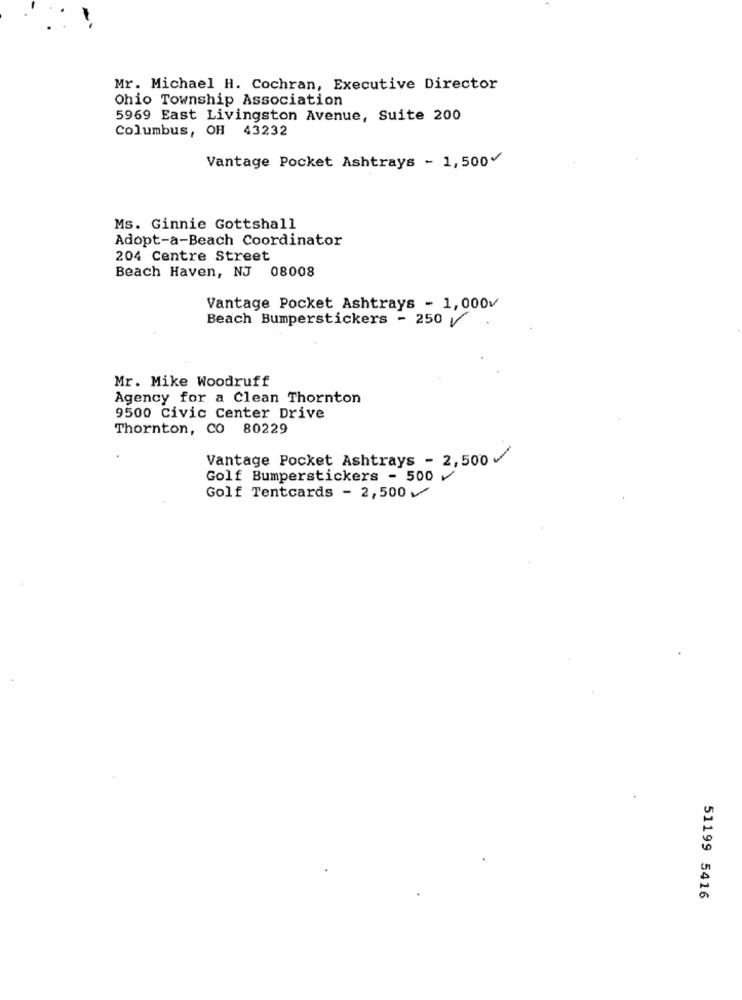
Mr. Michael H. Cochran, Executive Director
Ohio Township Association
5969 East Livingston Avenue, Suite 200
Columbus, OH 43232
Vantage Pocket Ashtrays - 1,500%
Ms. Ginnie Gottshall
Adopt-a-Beach Coordinator
204 Centre Street
Beach Haven, NJ 08008
Vantage Pocket Ashtrays - 1,000v
Beach Bumperstickers - 250
Mr. Mike Woodruff
Agency for a Clean Thornton
9500 Civic Center Drive
Thornton, CO 80229
Vantage Pocket Ashtrays - 2,500
Golf Bumperstickers - 500 v
Golf Tentcards - 2,500 v
51199 5416